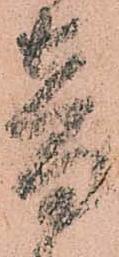
音